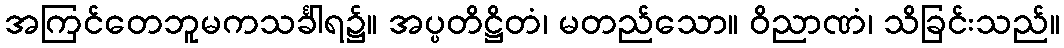
အကြင်တေဘူမကသင်္ခါရ၌။ အပ္ပတိဋ္ဌိတံ၊ မတည်သော။ ဝိညာဏံ၊ သိခြင်းသည်။